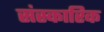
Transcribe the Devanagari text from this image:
संस्कारिक